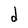
Character: d